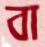
বা